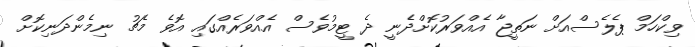
ވިކްހަމް ޕެލެސްއަށް ނަތީޖާ އެއްވަރުކޮށްދެނީ ދެ ޓީމުވެސް އެއްވަރެއްގައި އޮވެ މެޗު ނިމެންދަނިކޮށް